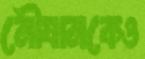
নৌযানকেও